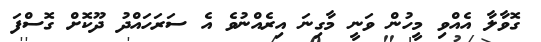
ގޮވާލާ އެއްވި މީހުން ވަނީ މާގިނަ އިރެއްނުވެ އެ ސަރަހައްދު ދޫކޮށް ގޮސްފަ